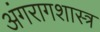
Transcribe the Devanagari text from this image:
अंगरागशास्त्र